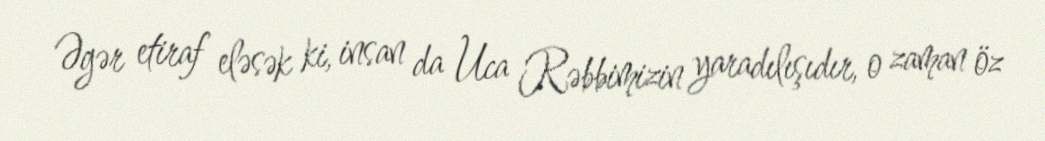
Əgər etiraf eləsək ki, insan da Uca Rəbbimizin yaradılışıdır, o zaman öz